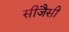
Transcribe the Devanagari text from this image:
सीजैसी